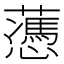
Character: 𧂋